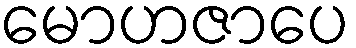
မောဟဇာပေ